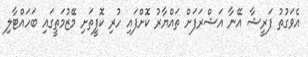
އެވަގުތު ފަރީޝާ އޭނާ އަޝްރަފަށް ތައްޔާރު ކޮށްފައި ހުރި ކޮފީތަށި މޭޒުމަތީގައި ބަހައްޓާލި